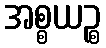
အစ္စယဉ္စ